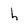
Character: h